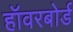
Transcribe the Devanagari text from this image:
हॉवरबोर्ड